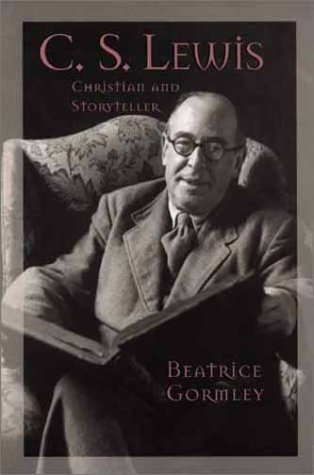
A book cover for C. S. Lewis: Christian and Storyteller (Men of Spirit); Beatrice Gormley; Teen & Young Adult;